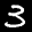
Label: 3